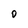
Character: 0